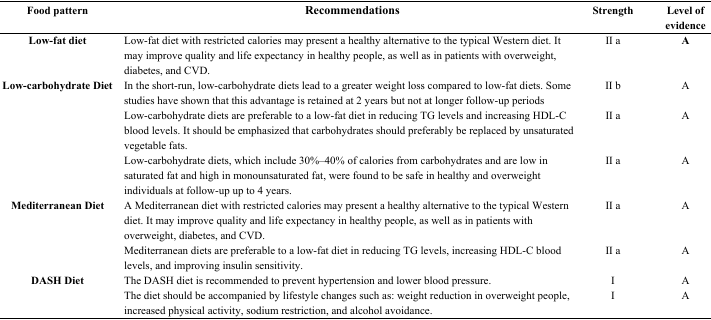
| Food pattern | Recommendations | Strength | Level of evidence |
 | --- | --- | --- | --- |
 | Low-fat diet | Low-fat diet with restricted calories may present a healthy alternative to the typical Western diet. It may improve quality and life expectancy in healthy people, as well as in patients with overweight, diabetes, and CVD. | II a | A |
 | <ROWSPAN=3> Low-carbohydrate Diet | In the short-run, low-carbohydrate diets lead to a greater weight loss compared to low-fat diets. Some studies have shown that this advantage is retained at 2 years but not at longer follow-up periods | II b | A |
 | Low-carbohydrate diets are preferable to a low-fat diet in reducing TG levels and increasing HDL-C blood levels. It should be emphasized that carbohydrates should preferably be replaced by unsaturated vegetable fats. | II a | A |
 | Low-carbohydrate diets, which include 30%–40% of calories from carbohydrates and are low in saturated fat and high in monounsaturated fat, were found to be safe in healthy and overweight individuals at follow-up up to 4 years. | II a | A |
 | Mediterranean Diet | A Mediterranean diet with restricted calories may present a healthy alternative to the typical Western diet. It may improve quality and life expectancy in healthy people, as well as in patients with overweight, diabetes, and CVD. | II a | A |
 |  | Mediterranean diets are preferable to a low-fat diet in reducing TG levels, increasing HDL-C blood levels, and improving insulin sensitivity. | II a | A |
 | <ROWSPAN=2> DASH Diet | The DASH diet is recommended to prevent hypertension and lower blood pressure. | I | A |
 | The diet should be accompanied by lifestyle changes such as: weight reduction in overweight people, increased physical activity, sodium restriction, and alcohol avoidance. | I | A |